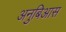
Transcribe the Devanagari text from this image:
अनुबिआस